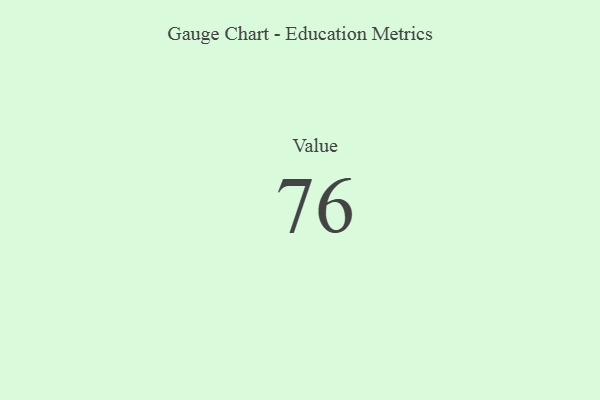
{"axis": {"x": "Metric", "y": "Value"}, "legend": [""], "data": [{"x": "Value", "y": 76, "type": ""}]}